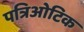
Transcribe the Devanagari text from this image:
पत्रिओटिक